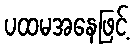
ပထမအနေဖြင့်